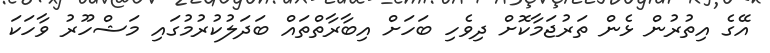
އޭގެ އިތުރުން ޅެން ތަރުޖަމާކޮށް ދިވެހި ބަހަށް އިބާރާތްތައް ބަދަލުކުރުމުގައި މަޝްހޫރު ވާހަކަ